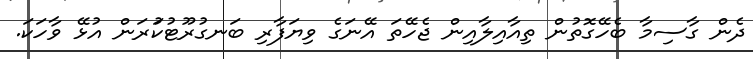
ދެން ގާސިމާ ބެހޭގޮތުން ތިއާއިލާއިން ޖެހޭތަ އޭނަގެ ވިޔަފާރި ބަނގުރޫޓުކުަރަން އުޅޭ ވާހަކަ.